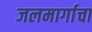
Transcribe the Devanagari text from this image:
जलमार्गाचा